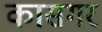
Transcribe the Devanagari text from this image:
कासगर